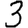
Digit: 3